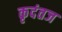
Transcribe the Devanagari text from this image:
कृदंतज